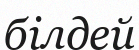
білдей